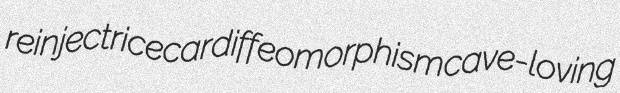
reinject ricecar diffeomorphism cave-loving